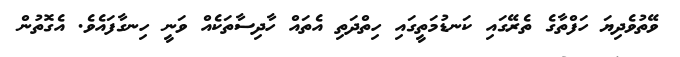
ވޭތުވެދިޔަ ހަފްތާގެ ތެރޭގައި ކަނޑުމަތީގައި ހިތްދަތި އެތައް ހާދިސާތަކެއް ވަނީ ހިނގާފައެވެ. އެގޮތުން